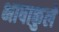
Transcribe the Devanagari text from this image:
भाषाकुले